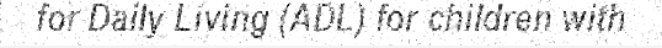
for Daily Living (ADL) for children with